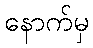
နောက်မှ